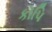
કૉપિ